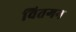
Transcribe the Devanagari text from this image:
वितगन